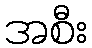
အစီး